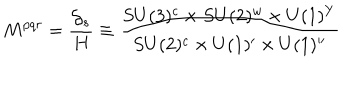
LaTeX: M ^ { p q r } = \frac { { \cal G } _ { s } } { H } \equiv \frac { S U ( 3 ) ^ { c } \times S U ( 2 ) ^ { w } \times U ( 1 ) ^ { Y } } { S U ( 2 ) ^ { c } \times U ( 1 ) ^ { \prime } \times U ( 1 ) ^ { \prime \prime } }